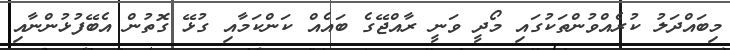
މިބައްދަލު ކުރެއްވުންތަކުގައި މޯދީ ވަނީ ރާއްޖޭގެ ބައެއް ކަންކަމާއި ގުޅޭ ގޮތުން އެބޭފުޅުންނާއި